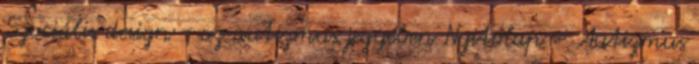
Szociális design - az autizmus jegyében Nyitólap » Autizmus